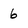
Character: 6